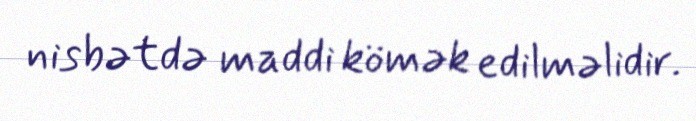
nisbətdə maddi kömək edilməlidir.